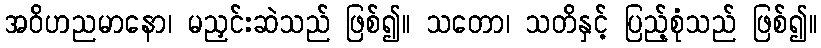
အဝိဟညမာနော၊ မညှင်းဆဲသည် ဖြစ်၍။ သတော၊ သတိနှင့် ပြည့်စုံသည် ဖြစ်၍။